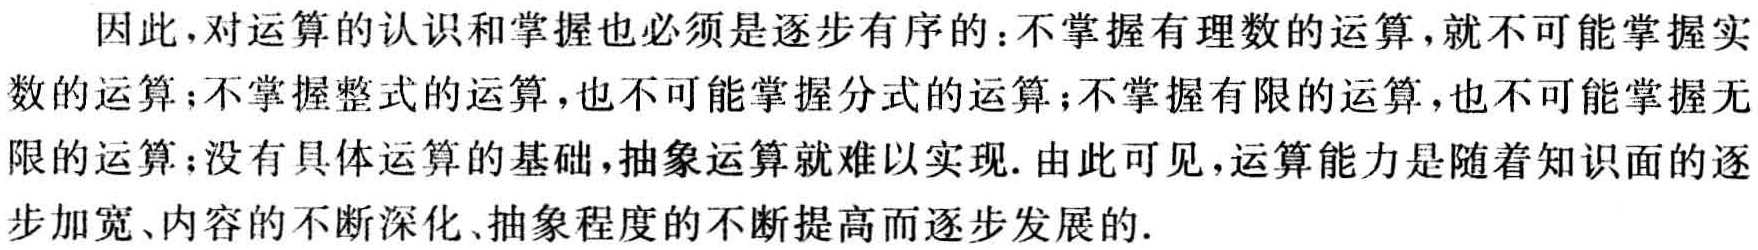
因此，对运算的认识和掌握也必须是逐步有序的：不掌握有理数的运算，就不可能掌握实

数的运算；不掌握整式的运算，也不可能掌握分式的运算；不掌握有限的运算，也不可能掌握无

限的运算；没有具体运算的基础，抽象运算就难以实现. 由此可见，运算能力是随着知识面的逐

步加宽、内容的不断深化、抽象程度的不断提高而逐步发展的.